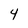
Character: 4